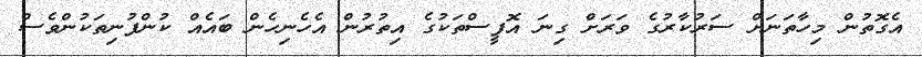
އެގޮތުން މިހާތަނަށް ސަރުކާރުގެ ވަރަށް ގިނަ އޮފީސްތަކުގެ އިތުރުން އެހެނިހެން ބައެއް ކުންފުނިތަކުންވެސް